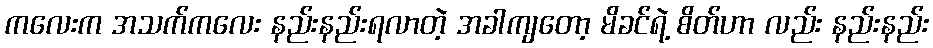
ကလေးက အသက်ကလေး နည်းနည်းရလာတဲ့ အခါကျတော့ မိခင်ရဲ့ စိတ်ဟာ လည်း နည်းနည်း